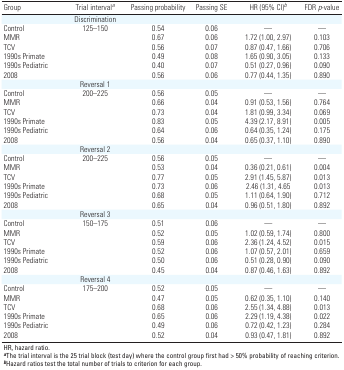
<table><thead><tr><td><b>Group</b></td><td><b>Trial interval<sup><i>a</i></sup></b></td><td><b>Passing probability</b></td><td><b>Passing SE</b></td><td><b>HR (95% CI)<sup><i>b</i></sup></b></td><td><b>FDR <i>p</i>-value</b></td></tr></thead><tbody><tr><td></td><td>Discrimination</td></tr><tr><td><b>Control</b></td><td>125–150</td><td>0.54</td><td>0.06</td><td>—</td><td>—</td></tr><tr><td><b>MMR</b></td><td></td><td>0.67</td><td>0.06</td><td>1.72 (1.00, 2.97)</td><td>0.103</td></tr><tr><td><b>TCV </b></td><td></td><td>0.56</td><td>0.07</td><td>0.87 (0.47, 1.66)</td><td>0.706</td></tr><tr><td><b>1990s Primate</b></td><td></td><td>0.49</td><td>0.08</td><td>1.65 (0.90, 3.05)</td><td>0.133</td></tr><tr><td><b>1990s Pediatric</b></td><td></td><td>0.40</td><td>0.07</td><td>0.51 (0.27, 0.96)</td><td>0.090</td></tr><tr><td><b>2008</b></td><td></td><td>0.56</td><td>0.06</td><td>0.77 (0.44, 1.35)</td><td>0.890</td></tr><tr><td></td><td>Reversal 1</td></tr><tr><td><b>Control</b></td><td>200–225</td><td>0.56</td><td>0.05</td><td>—</td><td>—</td></tr><tr><td><b>MMR</b></td><td></td><td>0.66</td><td>0.04</td><td>0.91 (0.53, 1.56)</td><td>0.764</td></tr><tr><td><b>TCV</b></td><td></td><td>0.73</td><td>0.04</td><td>1.81 (0.99, 3.34)</td><td>0.069</td></tr><tr><td><b>1990s Primate</b></td><td></td><td>0.83</td><td>0.05</td><td>4.39 (2.17, 8.91)</td><td>0.005</td></tr><tr><td><b>1990s Pediatric</b></td><td></td><td>0.64</td><td>0.06</td><td>0.64 (0.35, 1.24)</td><td>0.175</td></tr><tr><td><b>2008</b></td><td></td><td>0.56</td><td>0.04</td><td>0.65 (0.37, 1.10)</td><td>0.890</td></tr><tr><td></td><td>Reversal 2</td></tr><tr><td><b>Control</b></td><td>200–225</td><td>0.56</td><td>0.05</td><td>—</td><td>—</td></tr><tr><td><b>MMR</b></td><td></td><td>0.53</td><td>0.04</td><td>0.36 (0.21, 0.61)</td><td>0.004</td></tr><tr><td><b>TCV</b></td><td></td><td>0.77</td><td>0.05</td><td>2.91 (1.45, 5.87)</td><td>0.013</td></tr><tr><td><b>1990s Primate</b></td><td></td><td>0.73</td><td>0.06</td><td>2.46 (1.31, 4.65</td><td>0.013</td></tr><tr><td><b>1990s Pediatric</b></td><td></td><td>0.68</td><td>0.05</td><td>1.11 (0.64, 1.90)</td><td>0.712</td></tr><tr><td><b>2008</b></td><td></td><td>0.65</td><td>0.04</td><td>0.96 (0.51, 1.80)</td><td>0.892</td></tr><tr><td></td><td>Reversal 3</td></tr><tr><td><b>Control</b></td><td>150–175</td><td>0.51</td><td>0.06</td><td>—</td><td>—</td></tr><tr><td><b>MMR</b></td><td></td><td>0.52</td><td>0.05</td><td>1.02 (0.59, 1.74)</td><td>0.800</td></tr><tr><td><b>TCV</b></td><td></td><td>0.59</td><td>0.06</td><td>2.36 (1.24, 4.52)</td><td>0.015</td></tr><tr><td><b>1990s Primate</b></td><td></td><td>0.52</td><td>0.06</td><td>1.07 (0.57, 2.01)</td><td>0.659</td></tr><tr><td><b>1990s Pediatric</b></td><td></td><td>0.50</td><td>0.06</td><td>0.51 (0.28, 0.90)</td><td>0.090</td></tr><tr><td><b>2008</b></td><td></td><td>0.45</td><td>0.04</td><td>0.87 (0.46, 1.63)</td><td>0.892</td></tr><tr><td></td><td>Reversal 4</td></tr><tr><td><b>Control</b></td><td>175–200</td><td>0.52</td><td>0.05</td><td>—</td><td>—</td></tr><tr><td><b>MMR</b></td><td></td><td>0.47</td><td>0.05</td><td>0.62 (0.35, 1.10)</td><td>0.140</td></tr><tr><td><b>TCV</b></td><td></td><td>0.68</td><td>0.06</td><td>2.55 (1.34, 4.88)</td><td>0.013</td></tr><tr><td><b>1990s Primate</b></td><td></td><td>0.65</td><td>0.06</td><td>2.29 (1.19, 4.38)</td><td>0.022</td></tr><tr><td><b>1990s Pediatric</b></td><td></td><td>0.49</td><td>0.06</td><td>0.72 (0.42, 1.23)</td><td>0.284</td></tr><tr><td><b>2008</b></td><td></td><td>0.52</td><td>0.04</td><td>0.93 (0.47, 1.81)</td><td>0.892</td></tr></tbody></table>